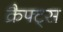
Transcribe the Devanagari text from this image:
क्रैफ्ट्स